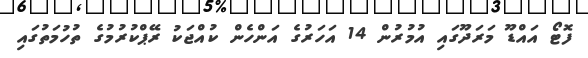
ފޮޓޯ އައްޑޫ މަރަދޫގައި އުމުރުން 14 އަހަރުގެ އަންހެން ކުއްޖަކު ރޭޕްކުރުމުގެ ތުހުމަތުގައި